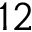
1 2